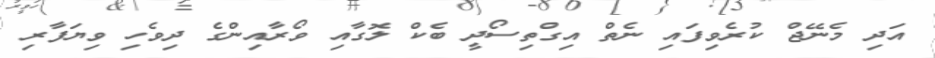
އަދި މެނޭޖް ކުރެވިފައި ނެތް އިގްތިސޯދީ ބެކް ލޮގާއި ވޯރާއިންގެ ދިވެހި ވިޔަފާރި